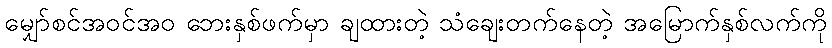
မျှော်စင်အဝင်အဝ ဘေးနှစ်ဖက်မှာ ချထားတဲ့ သံချေးတက်နေတဲ့ အမြောက်နှစ်လက်ကို